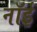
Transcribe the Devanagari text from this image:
नॉई